Plague in India, 1896, 1897 - Volume 1
Year: 1896
Disease focus: Plague
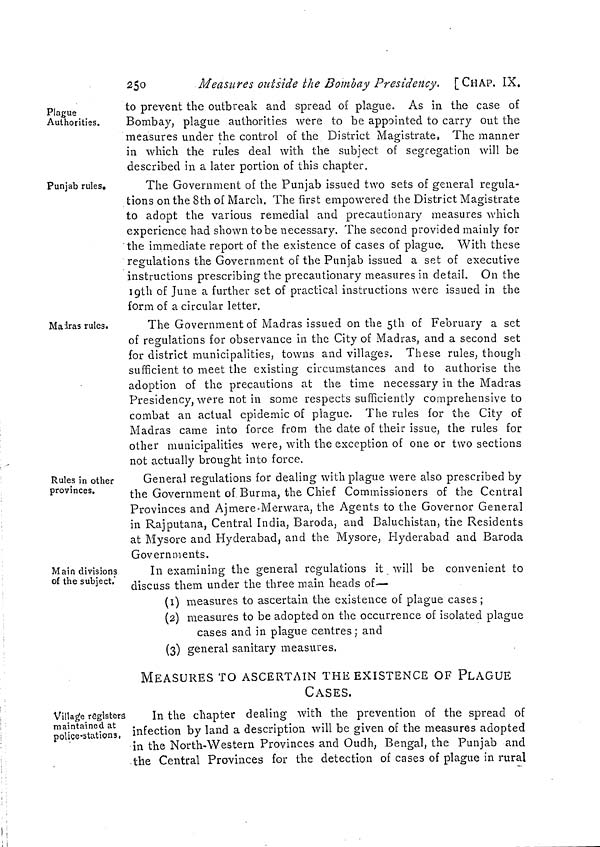
250
Measures outside the Bombay Presidency. [CHAP. IX.
Plague
Authorities.
to prevent the outbreak and spread of plague. As in the case of
Bombay, plague authorities were to be appointed to carry out the
measures under the control of the District Magistrate, The manner
in which the rules deal with the subject of segregation will be
described in a later portion of this chapter.
Punjab rules.
The Government of the Punjab issued two sets of general regula-
tions on the 8th of March. The first empowered the District Magistrate
to adopt the various remedial and precautionary measures which
experience had shown to be necessary. The second provided mainly for
the immediate report of the existence of cases of plague. With these
regulations the Government of the Punjab issued a set of executive
instructions prescribing the precautionary measures in detail. On the
19th of June a further set of practical instructions were issued in the
form of a circular letter.
Madras rules.
The Government of Madras issued on the 5th of February a set
of regulations for observance in the City of Madras, and a second set
for district municipalities, towns and villages. These rules, though
sufficient to meet the existing circumstances and to authorise the
adoption of the precautions at the time necessary in the Madras
Presidency, were not in some respects sufficiently comprehensive to
combat an actual epidemic of plague. The rules for the City of
Madras came into force from the date of their issue, the rules for
other municipalities were, with the exception of one or two sections
not actually brought into force.
Rules in other
provinces.
General regulations for dealing with plague were also prescribed by
the Government of Burma, the Chief Commissioners of the Central
Provinces and Ajmere-Merwara, the Agents to the Governor General
in Rajputana, Central India, Baroda, and Baluchistan, the Residents
at Mysore and Hyderabad, and the Mysore, Hyderabad and Baroda
Governments.
Main divisions
of the subject.
In examining the general regulations it will be convenient to
discuss them under the three main heads of—
(1) measures to ascertain the existence of plague cases ;
(2) measures to be adopted on the occurrence of isolated plague
cases and in plague centres ; and
(3) general sanitary measures.
MEASURES TO ASCERTAIN THE EXISTENCE OF PLAGUE
CASES.
Village registers
maintained at
police-stations.
In the chapter dealing with the prevention of the spread of
infection by land a description will be given of the measures adopted
in the North-Western Provinces and Oudh, Bengal, the Punjab and
the Central Provinces for the detection of cases of plague in rural